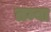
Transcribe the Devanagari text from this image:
तम्बा